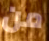
من